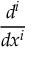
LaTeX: \frac { d ^ { i } } { d x ^ { i } }